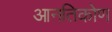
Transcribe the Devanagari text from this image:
आनतिकोण